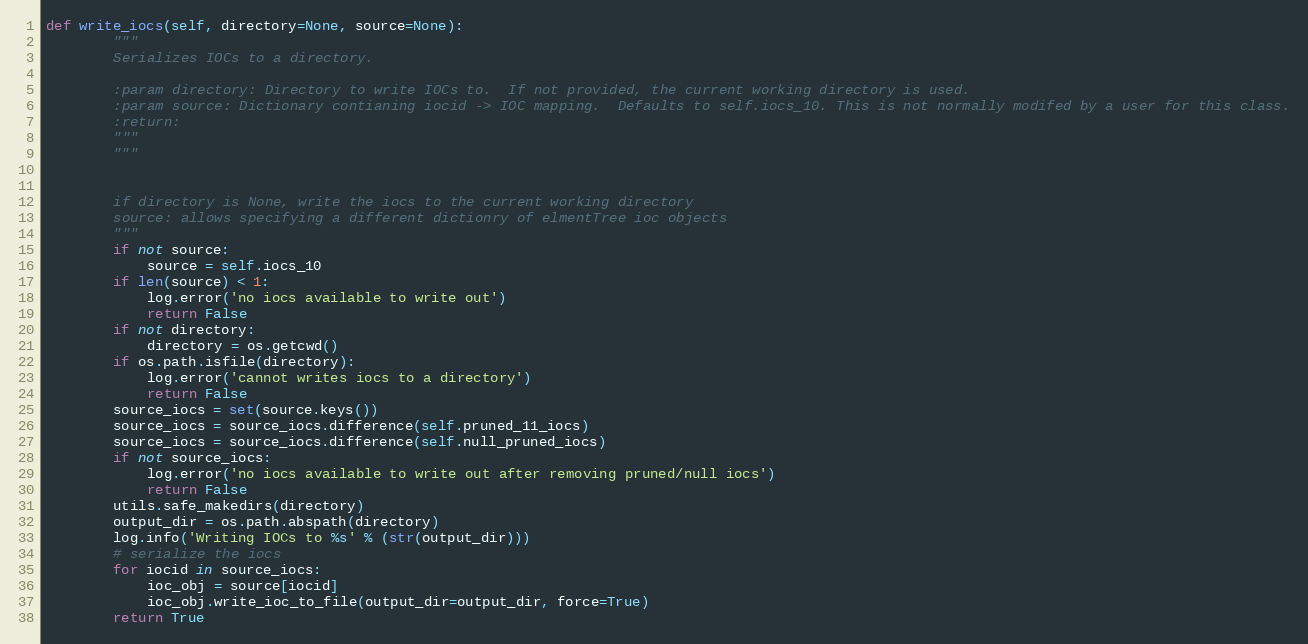
Language: Python
def write_iocs(self, directory=None, source=None):
        """
        Serializes IOCs to a directory.

        :param directory: Directory to write IOCs to.  If not provided, the current working directory is used.
        :param source: Dictionary contianing iocid -> IOC mapping.  Defaults to self.iocs_10. This is not normally modifed by a user for this class.
        :return:
        """
        """

        if directory is None, write the iocs to the current working directory
        source: allows specifying a different dictionry of elmentTree ioc objects
        """
        if not source:
            source = self.iocs_10
        if len(source) < 1:
            log.error('no iocs available to write out')
            return False
        if not directory:
            directory = os.getcwd()
        if os.path.isfile(directory):
            log.error('cannot writes iocs to a directory')
            return False
        source_iocs = set(source.keys())
        source_iocs = source_iocs.difference(self.pruned_11_iocs)
        source_iocs = source_iocs.difference(self.null_pruned_iocs)
        if not source_iocs:
            log.error('no iocs available to write out after removing pruned/null iocs')
            return False
        utils.safe_makedirs(directory)
        output_dir = os.path.abspath(directory)
        log.info('Writing IOCs to %s' % (str(output_dir)))
        # serialize the iocs
        for iocid in source_iocs:
            ioc_obj = source[iocid]
            ioc_obj.write_ioc_to_file(output_dir=output_dir, force=True)
        return True